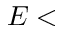
E <